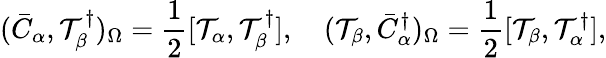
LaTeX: (\bar{C}_{\alpha},{\cal T}_{\beta}^{\dagger})_{\Omega}=\frac{1}{2}[{\cal T}_{\alpha},{\cal T}_{\beta}^{\dagger}],\quad({\cal T}_{\beta},\bar{C}_{\alpha}^{\dagger})_{\Omega}=\frac{1}{2}[{\cal T}_{\beta},{\cal T}_{\alpha}^{\dagger}],